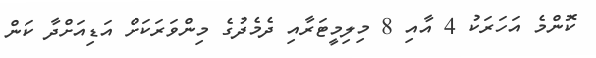
ކޮންމެ އަހަރަކު 4 އާއި 8 މިލިމީޓަރާއި ދެމެދުގެ މިންވަރަކަށް އަޑިއަށްދާ ކަން